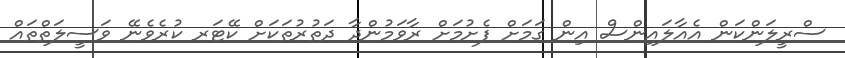
ސްރީލަންކަން އެއާލައިންސް އިން ގަމަށް ފެށުމަށް ރާވަމުންދާ ދަތުރުތަކަށް ކޭޓަރ ކުރެވެނޭ ވަސީލަތްތައް